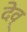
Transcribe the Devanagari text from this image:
देव्